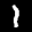
Label: 1